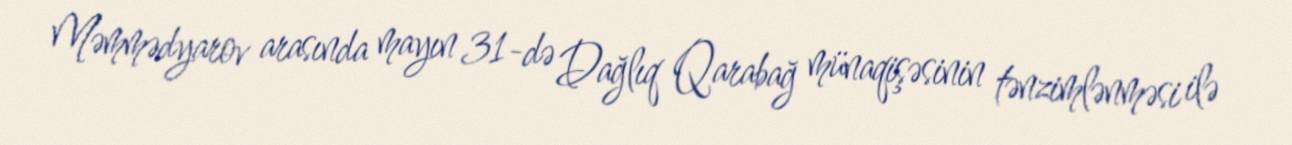
Məmmədyarov arasında mayın 31-də Dağlıq Qarabağ münaqişəsinin tənzimlənməsi ilə